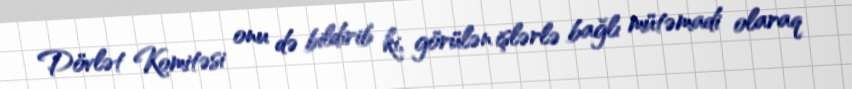
Dövlət Komitəsi onu də bildirib ki, görülən işlərlə bağlı mütəmadi olaraq